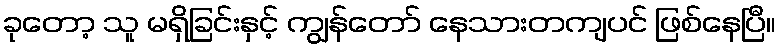
ခုတော့ သူ မရှိခြင်းနှင့် ကျွန်တော် နေသားတကျပင် ဖြစ်နေပြီ။